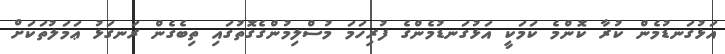
އަޅުގަނޑުމެން ކުރާ ކޮންމެ ކަމަކީ އަޅުގަނޑުމެންގެ ފުރިހަމަ މުސްލިމުންގެގޮތުގައި ތިބެގެން ރަނގަޅު ޢަމަލުތަކަށް